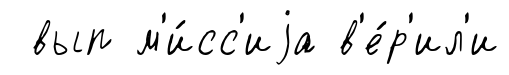
вып м'и́сс'иjа в'е́р'ил'и